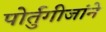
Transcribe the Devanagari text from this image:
पोर्तुगीजांने